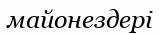
майонездері